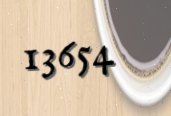
13654